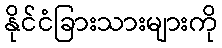
နိုင်ငံခြားသားများကို